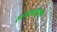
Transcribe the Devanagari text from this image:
हागणदरीमुक्त